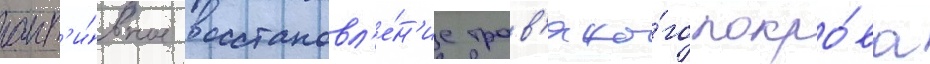
акт'и́вное восстановл'е́н'ие трав'яно́го покро́ва